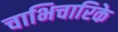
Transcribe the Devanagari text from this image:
चाभिचारिके